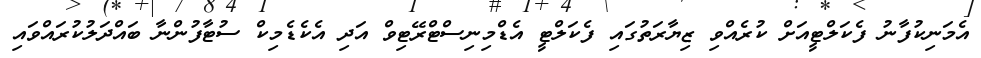
އެމަނިކުފާނު ފެކަލްޓީއަށް ކުރެއްވި ޒިޔާރަތުގައި ފެކަލްޓީ އެޑްމިނިސްޓްރޭޓިވް އަދި އެކެޑެމިކް ސުޓާފުންނާ ބައްދަލުކުރައްވައި